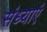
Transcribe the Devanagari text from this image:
संध्याएं